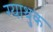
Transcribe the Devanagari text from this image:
ग्याथुक